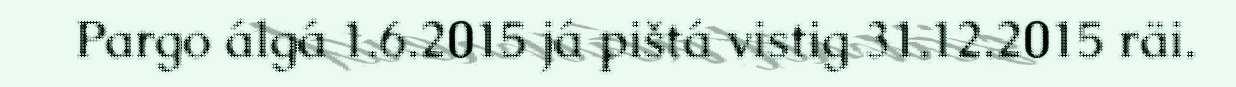
Pargo álgá 1.6.2015 já pištá vistig 31.12.2015 räi.